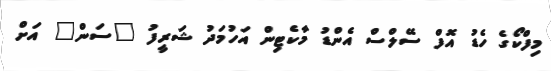
މިފްކޯގެ ހެޑު އޮފް ސޭލްސް އެންޑު މާކެޓިން އަހުމަދު ޝަރީފު "ސަން" އަށް